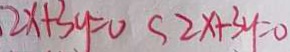
2 x + 3 y = 0 < 2 x - 3 y = 0